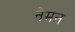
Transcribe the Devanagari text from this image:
नेमन